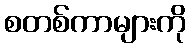
စတစ်ကာများကို